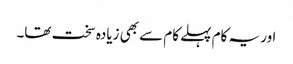
اور یہ کام پہلے کام سے بھی زیادہ سخت تھا۔